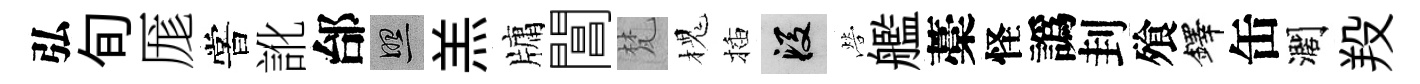
弘旬厖嘗訛邰照羔牗閶梵槐插段營艦藁怪譌刲飱鐸缶濶羖